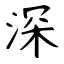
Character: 深